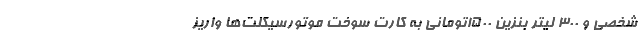
شخصی و 300 لیتر بنزین 1500تومانی به کارت سوخت موتورسیکلت‌ها واریز